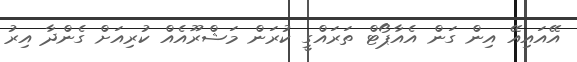
އޭއައިއޭ އިން ގަން އެއާޕޯޓް ތަރައްގީ ކުރަން މަޝްރޫއެއް ކުރިއަށް ގެންދާ އިރު